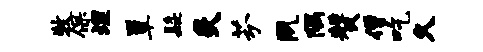
牧保埋簟髭炙芬夙隅赞僧吃久